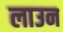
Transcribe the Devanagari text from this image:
लाउन